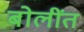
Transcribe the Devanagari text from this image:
बोलींत